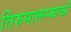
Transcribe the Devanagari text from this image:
तिरुमालम्बाको